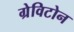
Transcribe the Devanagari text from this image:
ग्रेविटोन